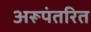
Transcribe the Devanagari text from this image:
अरूपंतरित